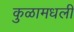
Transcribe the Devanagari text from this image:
कुळामधली